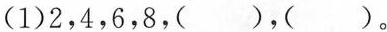
(1)2，4，6，8，( )，( )。